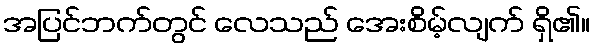
အပြင်ဘက်တွင် လေသည် အေးစိမ့်လျက် ရှိ၏။